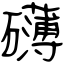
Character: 礴